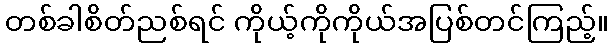
တစ်ခါစိတ်ညစ်ရင် ကိုယ့်ကိုကိုယ်အပြစ်တင်ကြည့်။